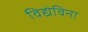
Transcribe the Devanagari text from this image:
विद्येविना